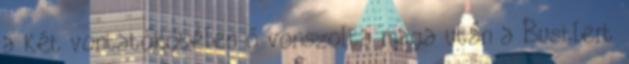
a két vontatókötélen ő vonszolta maga után a Bustlert